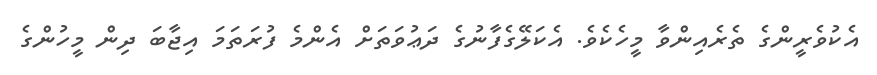
އެކުވެރީންގެ ތެރެއިންވާ މީހެކެވެ. އެކަލޭގެފާނުގެ ދަޢުވަތަށް އެންމެ ފުރަތަމަ އިޖާބަ ދިން މީހުންގެ